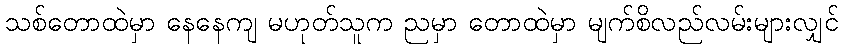
သစ်တောထဲမှာ နေနေကျ မဟုတ်သူက ညမှာ တောထဲမှာ မျက်စိလည်လမ်းများလျှင်